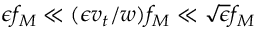
\epsilon f _ { M } \ll ( \epsilon v _ { t } / w ) f _ { M } \ll \sqrt { \epsilon } f _ { M }